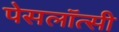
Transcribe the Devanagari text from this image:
पेसलॉत्सी